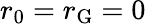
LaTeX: r_{0}=r_{\mathrm{G}}=0